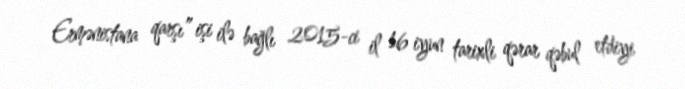
Ermənistana qarşı” işi ilə bağlı 2015-ci il 16 iyun tarixli qərar qəbul etdiyi